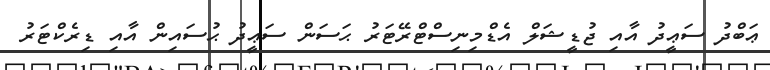
ޢަބްދު ސަޢީދު އާއި ޖުޑީޝަލް އެޑްމިނިސްޓްރޭޓަރު ޙަސަން ސަޢީދު ޙުސައިން އާއި ޑިރެކްޓަރު